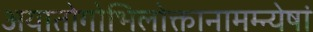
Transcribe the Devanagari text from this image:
अयातोगोभिलोक्तानामम्न्येषां